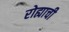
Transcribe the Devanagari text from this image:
रोह्याची